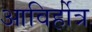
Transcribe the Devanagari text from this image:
आविर्होत्र